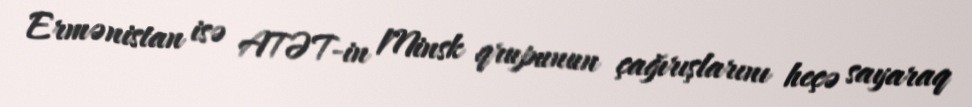
Ermənistan isə ATƏT-in Minsk qrupunun çağırışlarını heçə sayaraq